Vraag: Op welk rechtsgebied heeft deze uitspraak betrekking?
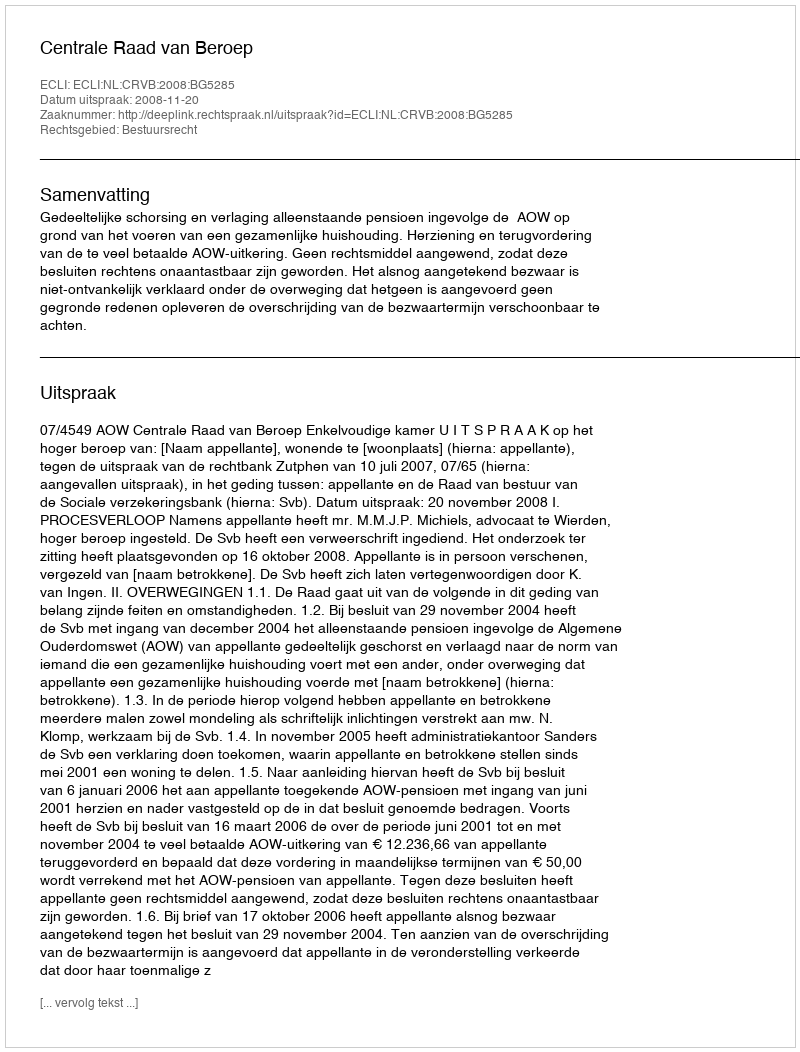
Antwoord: Bestuursrecht